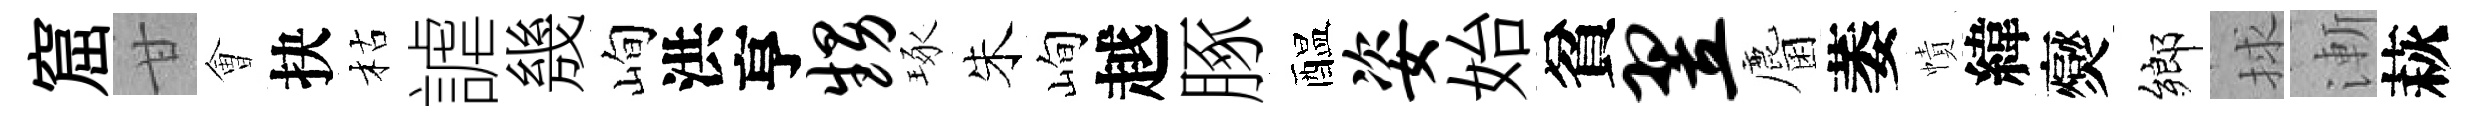
窟甘㑹抉枯謔㡬峋洪亨甥琢朱峋越䐁醖姿始貧翌麕萎幘緯爕鄉捄漸萩